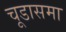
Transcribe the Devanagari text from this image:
चूडासमा